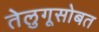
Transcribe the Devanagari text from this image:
तेलुगूसोबत